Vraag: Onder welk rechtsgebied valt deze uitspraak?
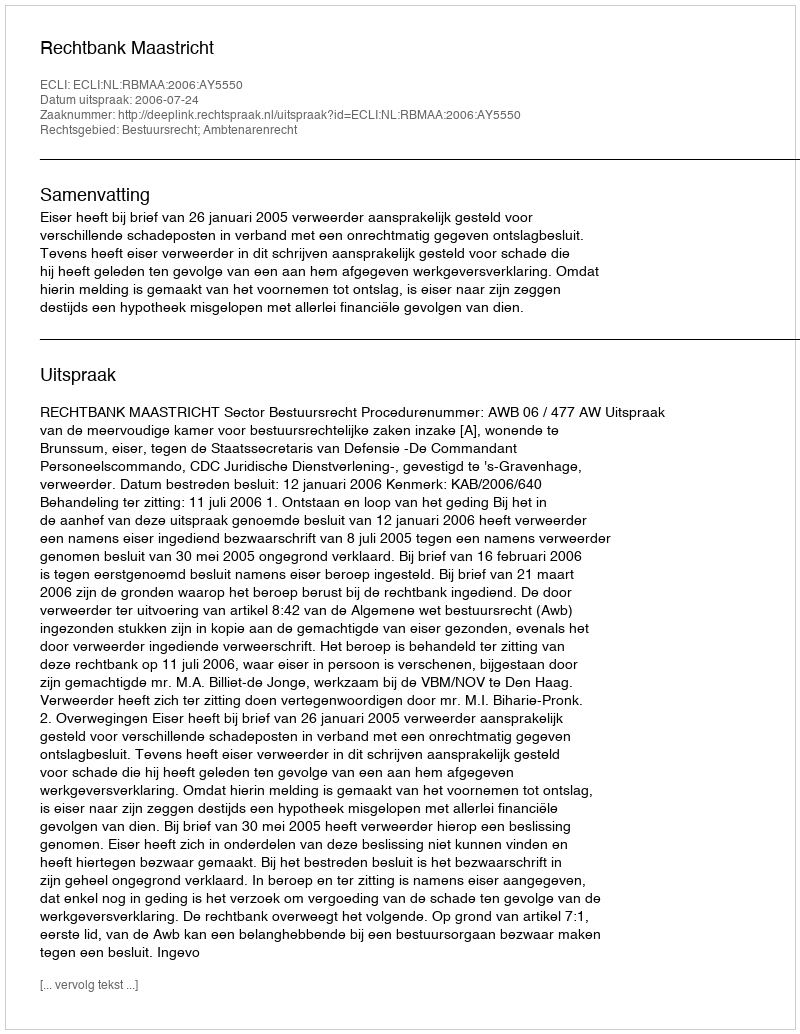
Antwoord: Bestuursrecht; Ambtenarenrecht